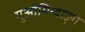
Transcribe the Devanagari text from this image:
गुओमिन्दाङ्ग